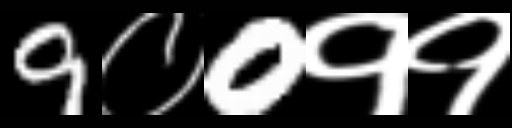
Text: 9०0११